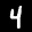
Label: 4